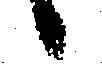
候